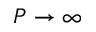
P \rightarrow \infty